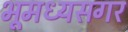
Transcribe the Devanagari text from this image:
भूमध्यसगर